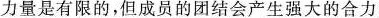
力量是有限的，但成员的团结会产生强大的合力